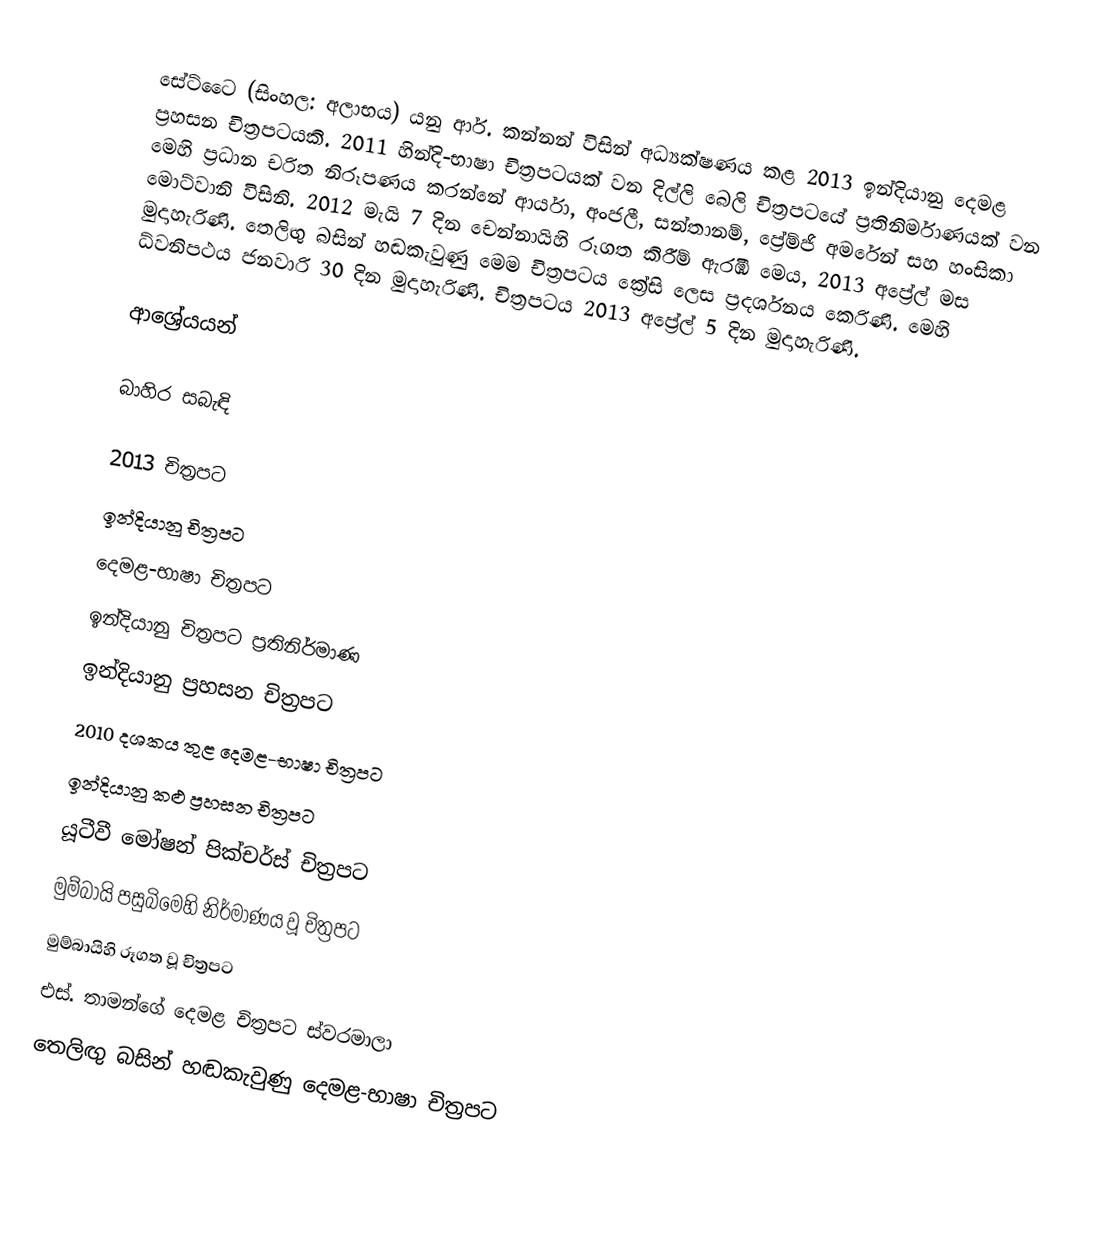
සේට්ටෛ (සිංහල: අලාභය) යනු ආර්. කන්නන් විසින් අධ්‍යක්ෂණය කළ 2013 ඉන්දියානු දෙමළ ප්‍රහසන චිත්‍රපටයකි. 2011 හින්දි-භාෂා චිත්‍රපටයක් වන දිල්ලි බෙලි චිත්‍රපටයේ ප්‍රතිනිර්මාණයක් වන මෙහි ප්‍රධාන චරිත නිරූපණය කරන්නේ ආර්යා, අංජලී, සන්තානම්, ප්‍රේම්ජි අමරේන් සහ හංසිකා මොට්වානි විසිනි. 2012 මැයි 7 දින චෙන්නායිහි රූගත කිරීම් ඇරඹි මෙය, 2013 අප්‍රේල් මස මුදාහැරිණි. තෙලිඟු බසින් හඬකැවුණු මෙම චිත්‍රපටය ක්‍රේසි ලෙස ප්‍රදර්ශනය කෙරිණි. මෙහි ධ්වනිපථය ජනවාරි 30 දින මුදාහැරිණි. චිත්‍රපටය 2013 අප්‍රේල් 5 දින මුදාහැරිණි.

ආශ්‍රේයයන්

බාහිර සබැඳි

2013 චිත්‍රපට
ඉන්දියානු චිත්‍රපට
දෙමළ-භාෂා චිත්‍රපට
ඉන්දියානු චිත්‍රපට ප්‍රතිනිර්මාණ
ඉන්දියානු ප්‍රහසන චිත්‍රපට
2010 දශකය තුළ දෙමළ-භාෂා චිත්‍රපට
ඉන්දියානු කළු ප්‍රහසන චිත්‍රපට
යූටීවී මෝෂන් පික්චර්ස් චිත්‍රපට
මුම්බායි පසුබිමෙහි නිර්මාණය වූ චිත්‍රපට
මුම්බායිහි රූගත වූ චිත්‍රපට
එස්. තාමන්ගේ දෙමළ චිත්‍රපට ස්වරමාලා
තෙලිඟු බසින් හඬකැවුණු දෙමළ-භාෂා චිත්‍රපට